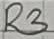
Text: R3